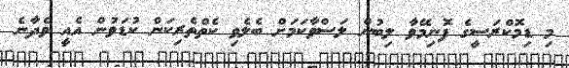
މި ޑިމޮކްރަސީގެ ފޮނިމޭވާ ލިބުން ލަސްވާކަމަށް ބެލެވި ކެތްތެރިކަން ކުޑަވުން އެއީ ވެދާނެ